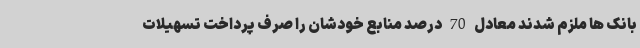
بانک ها ملزم شدند معادل 70 درصد منابع خودشان را صرف پرداخت تسهیلات